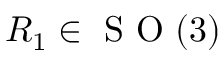
R _ { 1 } \in \mathrm { ~ S ~ O ~ } ( 3 )